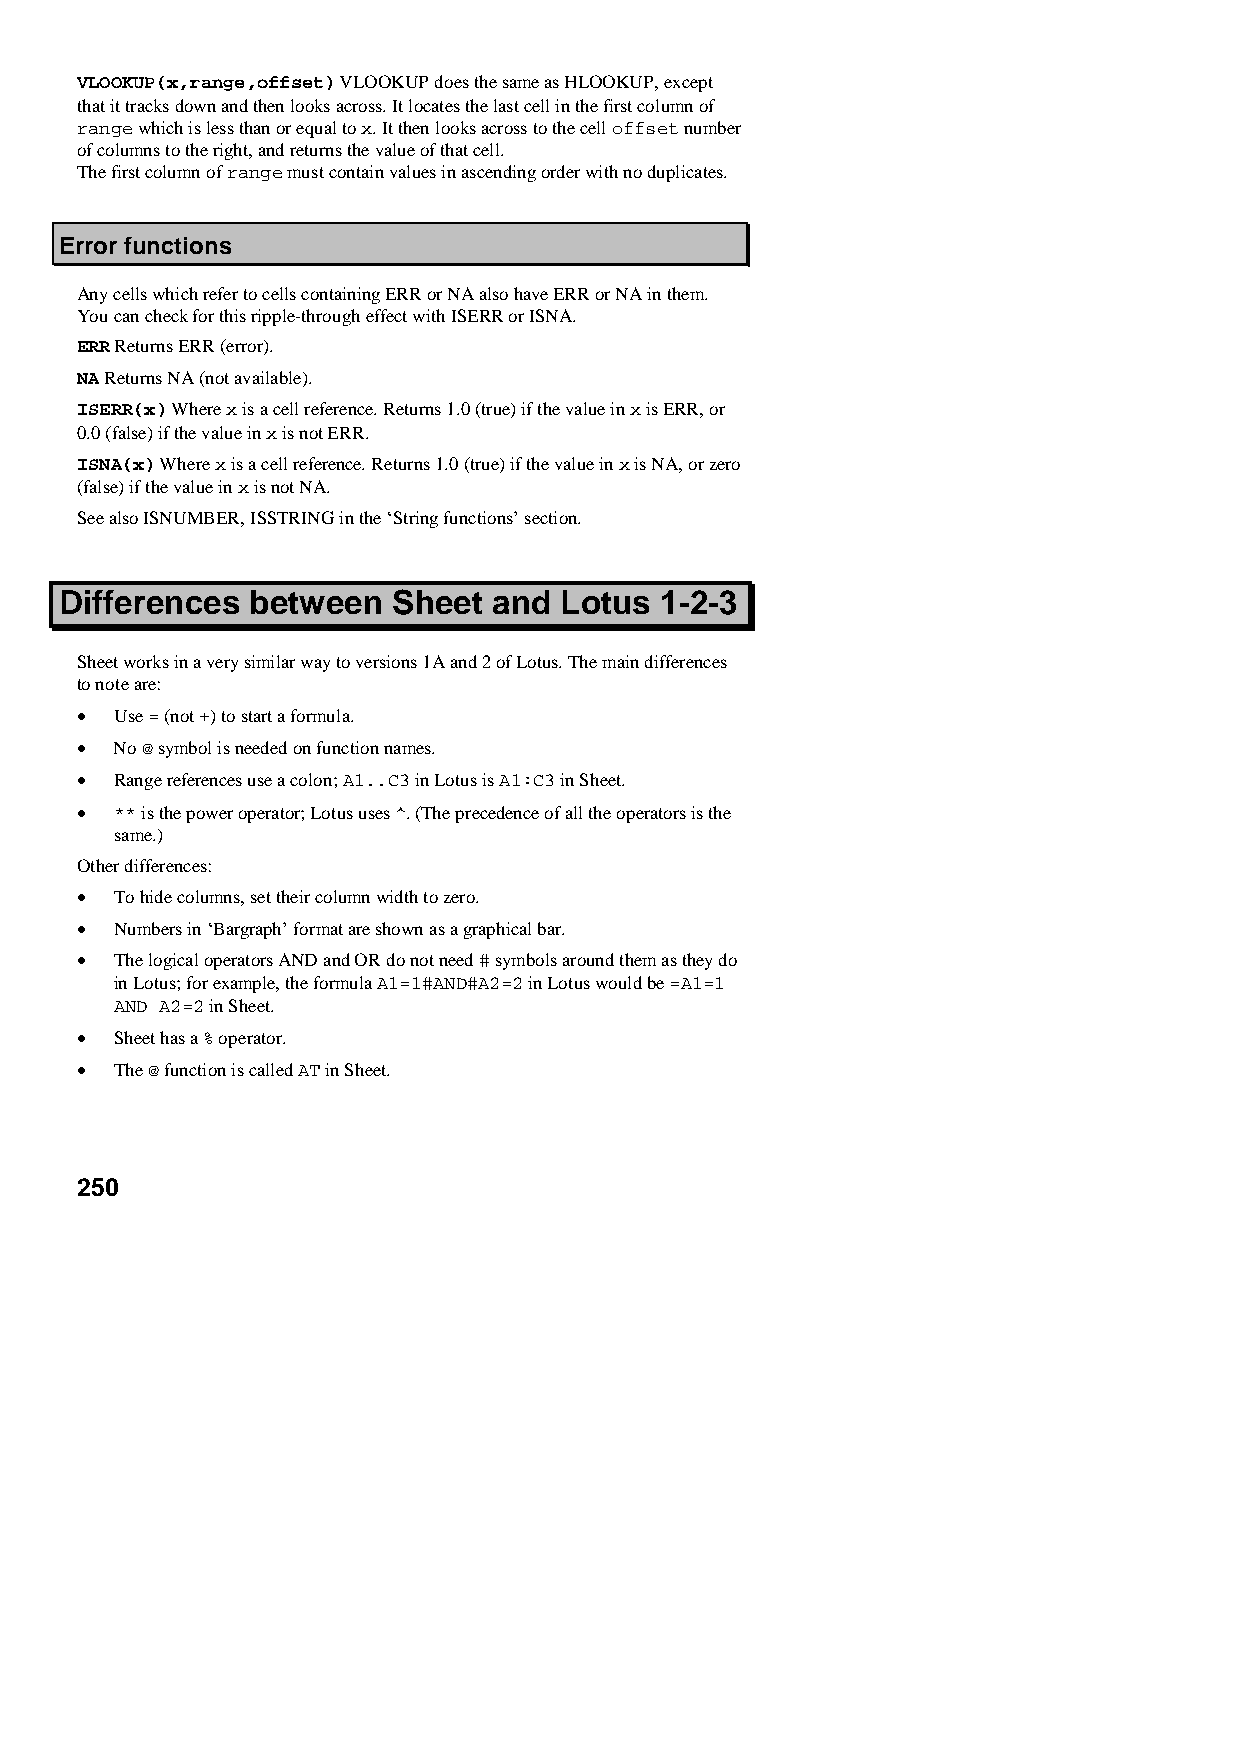
VLOOKUP(x,range,offset) VLOOKUP does the same as HLOOKUP, except
 that it tracks down and then looks across. It locates the last cell in the first column of
 range which is less than or equal to x. It then looks across to the cell offset number
 of columns to the right, and returns the value of that cell.
 The first column of range must contain values in ascending order with no duplicates.
 Error functions
 Any cells which refer to cells containing ERR or NA also have ERR or NA in them.
 You can check for this ripple-through effect with ISERR or ISNA.
 ERR Returns ERR (error).
 NA Returns NA (not available).
 ISERR(x) Where x is a cell reference. Returns 1.0 (true) if the value in x is ERR, or
 0.0 (false) if the value in x is not ERR.
 ISNA(x) Where x is a cell reference. Returns 1.0 (true) if the value in x is NA, or zero
 (false) if the value in x is not NA.
 See also ISNUMBER, ISSTRING in the ‘String functions’ section.
 Differences between   Sheet  and Lotus  1-2-3
 Sheet works in a very similar way to versions 1A and 2 of Lotus. The main differences
 to note are:
 •  Use = (not +) to start a formula.
 •  No @ symbol is needed on function names.
 •  Range references use a colon; A1..C3 in Lotus is A1:C3 in Sheet.
 •  ** is the power operator; Lotus uses ^. (The precedence of all the operators is the
 same.)
 Other differences:
 •  To hide columns, set their column width to zero.
 •  Numbers in ‘Bargraph’ format are shown as a graphical bar.
 •  The logical operators AND and OR do not need # symbols around them as they do
 in Lotus; for example, the formula A1=1#AND#A2=2 in Lotus would be =A1=1
 AND A2=2 in Sheet.
 •  Sheet has a % operator.
 •  The @ function is called AT in Sheet.
 250